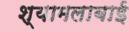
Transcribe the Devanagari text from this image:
श्यामलाबाई